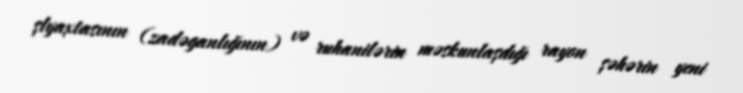
şlyaxtasının (zadəganlığının) və ruhanilərin məskunlaşdığı rayon şəhərin yeni